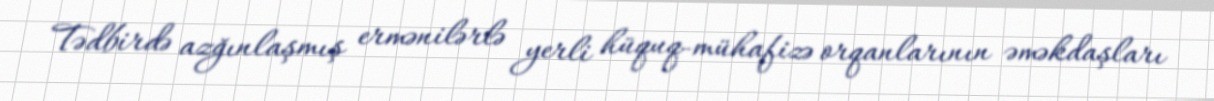
Tədbirdə azğınlaşmış ermənilərlə yerli hüquq-mühafizə orqanlarının əməkdaşları